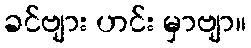
ခင်ဗျား ဟင်း မှာဗျာ။